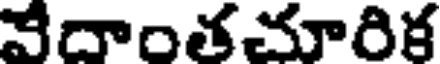
వేదాంతచూరిక